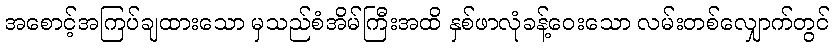
အစောင့်အကြပ်ချထားသော မှသည်စံအိမ်ကြီးအထိ နှစ်ဖာလုံခန့်ဝေးသော လမ်းတစ်လျှောက်တွင်